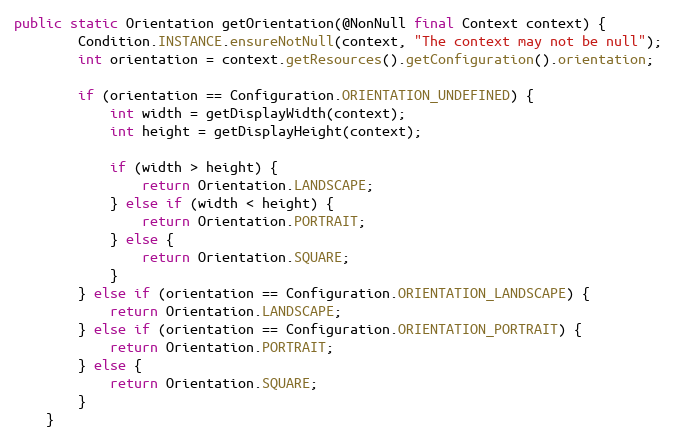
Language: Java
public static Orientation getOrientation(@NonNull final Context context) {
        Condition.INSTANCE.ensureNotNull(context, "The context may not be null");
        int orientation = context.getResources().getConfiguration().orientation;

        if (orientation == Configuration.ORIENTATION_UNDEFINED) {
            int width = getDisplayWidth(context);
            int height = getDisplayHeight(context);

            if (width > height) {
                return Orientation.LANDSCAPE;
            } else if (width < height) {
                return Orientation.PORTRAIT;
            } else {
                return Orientation.SQUARE;
            }
        } else if (orientation == Configuration.ORIENTATION_LANDSCAPE) {
            return Orientation.LANDSCAPE;
        } else if (orientation == Configuration.ORIENTATION_PORTRAIT) {
            return Orientation.PORTRAIT;
        } else {
            return Orientation.SQUARE;
        }
    }